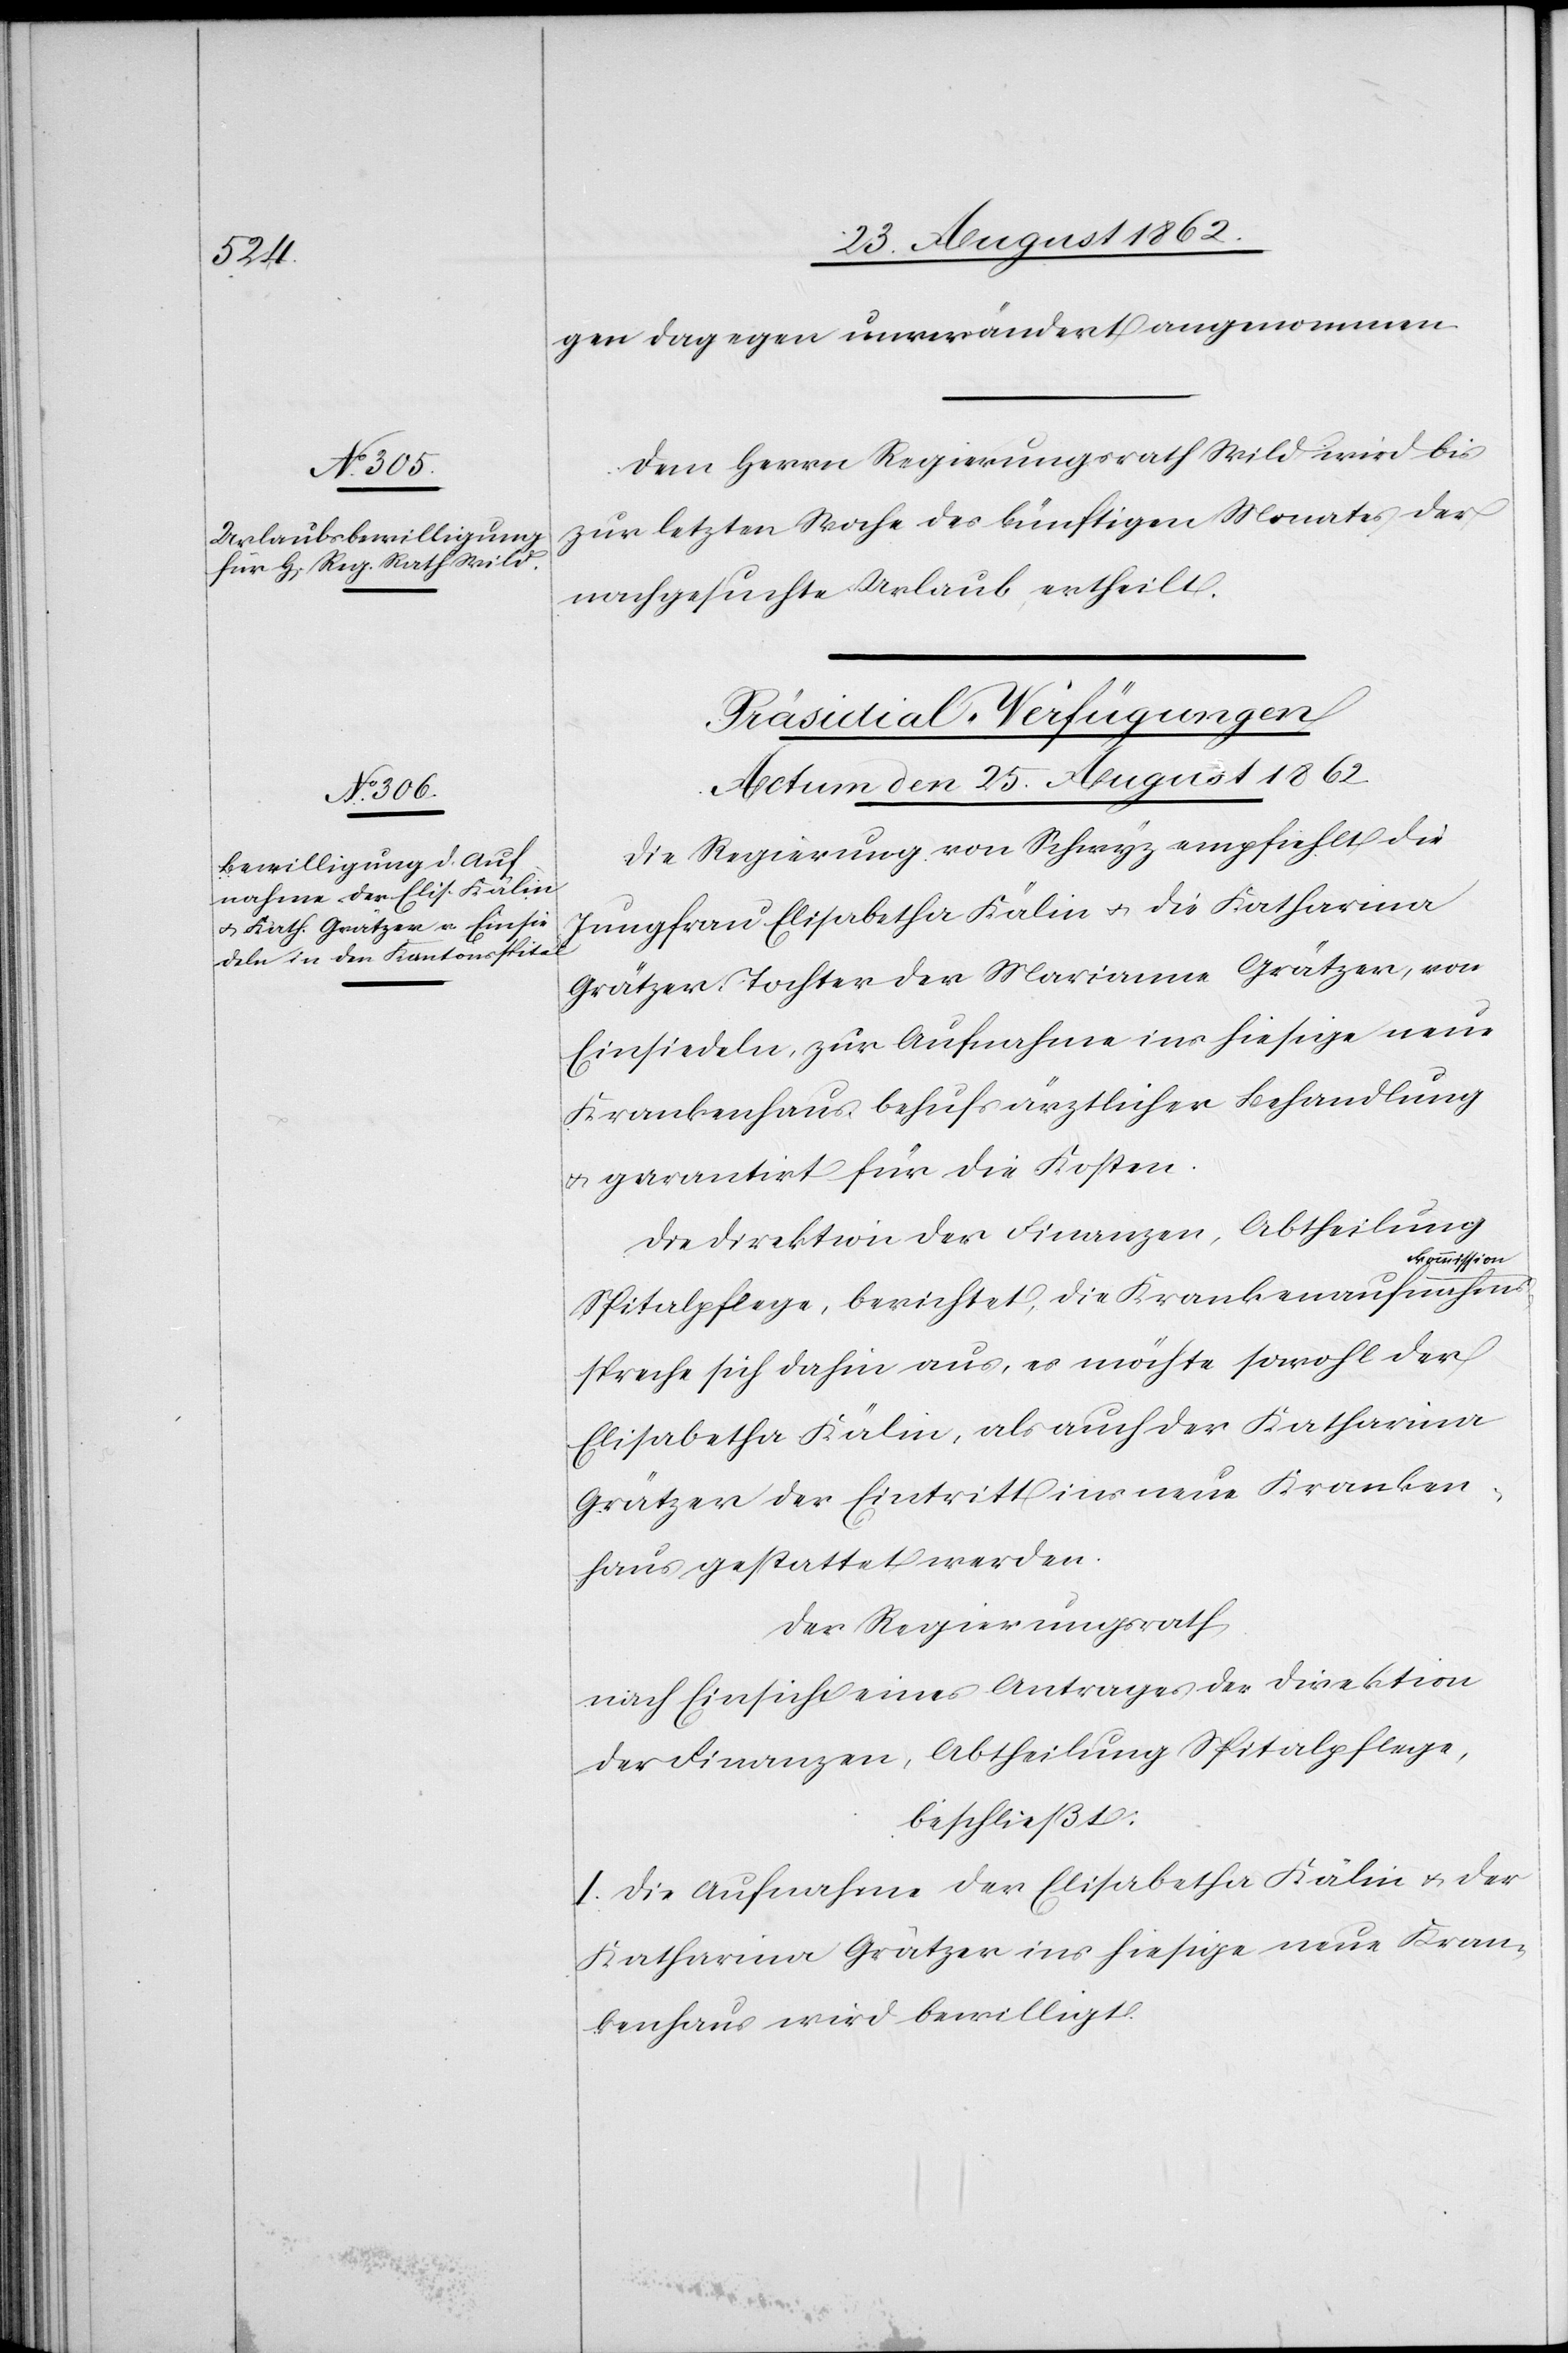
gen dagegen unverändert angenommen.
Dem Herrn Regierungsrath Wild wird bis
zur letzten Woche des künftigen Monates der
nachgesuchte Urlaub ertheilt.
Präsidial-Verfügungen
Actum den 25. August 1862.
Die Regierung von Schwyz empfiehlt die
Jungfrau Elisabetha Kälin u. die Katharina
Grätzer, Tochter der Marianne Grätzer, von
Einsiedeln, zur Aufnahme ins hiesige neue
Krankenhaus, behufs ärztlicher Behandlung
u. garantirt für die Kosten.
Die Direktion der Finanzen, Abtheilung
kommission
Spitalpflege, berichtet, die Krankenaufnahms¬
spreche sich dahin aus, es möchte sowohl der
Elisabetha Kälin, als auch der Katharina
Grätzer der Eintritt ins neue Kranken¬
haus gestattet werden.
Der Regierungsrath,
nach Einsicht eines Antrages der Direktion
der Finanzen, Abtheilung Spitalpflege,
beschließt:
I. Die Aufnahme der Elisabetha Kälin u. der
Katharina Grätzer ins hiesige neue Kran¬
kenhaus wird bewilligt.